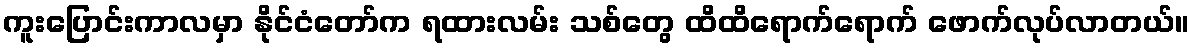
ကူးပြောင်းကာလမှာ နိုင်ငံတော်က ရထားလမ်း သစ်တွေ ထိထိရောက်ရောက် ဖောက်လုပ်လာတယ်။